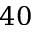
4 0